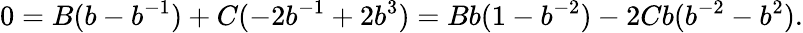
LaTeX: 0=B(b-b^{-1})+C(-2b^{-1}+2b^{3})=Bb(1-b^{-2})-2Cb(b^{-2}-b^{2}).